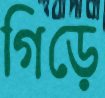
গিড়ে